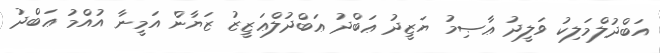
އަބްދުލްމަލިކު ވަލީދު ޢާޞިމު ޔަޒީދު ޢަބްދު ޢަބްދުލްޢަޒީޒު ޒަޔާން އަމީނާ އުއްމު ޢަބްދު